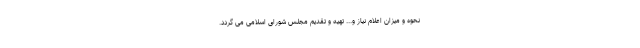
نحوه و میزان اعلام نیاز و... تهیه و تقدیم مجلس شورای اسلامی می گردد.